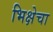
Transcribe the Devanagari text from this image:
भिक्षेचा